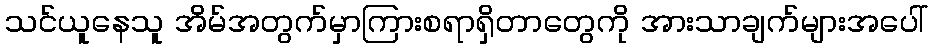
သင်ယူနေသူ အိမ်အတွက်မှာကြားစရာရှိတာတွေကို အားသာချက်များအပေါ်